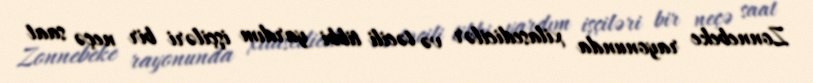
Zonnebeke rayonunda xilasedicilər və təcili tibbi yardım işçiləri bir neçə saat